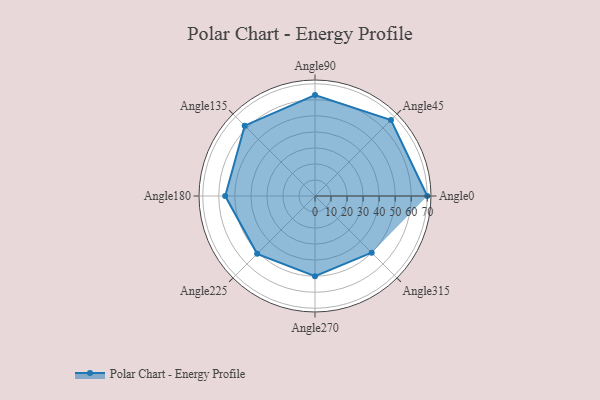
{"axis": {"x": "Angle", "y": "Radius"}, "legend": [""], "data": [{"x": "Angle0", "y": 70.0, "type": ""}, {"x": "Angle45", "y": 67.0, "type": ""}, {"x": "Angle90", "y": 63.0, "type": ""}, {"x": "Angle135", "y": 62.0, "type": ""}, {"x": "Angle180", "y": 56.0, "type": ""}, {"x": "Angle225", "y": 51.0, "type": ""}, {"x": "Angle270", "y": 50, "type": ""}, {"x": "Angle315", "y": 50, "type": ""}]}